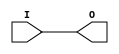
module BUFGP (O, I);

    output O;

    input  I;

	buf B1 (O, I);


endmodule